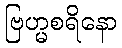
ဗြဟ္မစရိနော